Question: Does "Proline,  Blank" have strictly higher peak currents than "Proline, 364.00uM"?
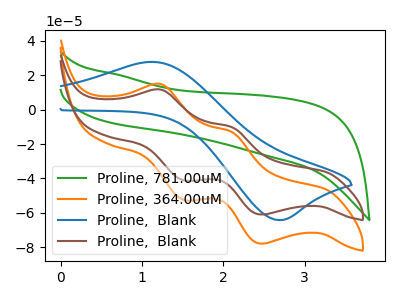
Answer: <think>The green curve "Proline, 781.00uM" has no peaks. The orange curve "Proline, 364.00uM" has anodic peaks at (1.25V, 14.90uA) (2.10V, -12.95uA) and cathodic peaks at (1.50V, -52.50uA) (2.50V, -77.90uA). The blue curve "Proline,  Blank" has an anodic peak at (1.15V, 27.75uA) and a cathodic peak at (2.65V, -64.15uA). The brown curve "Proline,  Blank" has anodic peaks at (1.25V, 11.65uA) (2.10V, -10.15uA) and cathodic peaks at (1.50V, -41.10uA) (2.50V, -60.95uA).</think>
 <answer>The peaks in "Proline,  Blank" are neither all higher or all lower than the peaks in "Proline, 364.00uM".</answer>
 <eval>mixed</eval>